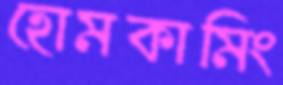
হোমকামিং